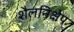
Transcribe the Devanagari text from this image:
शैलनिक्षेप